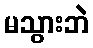
မသွားဘဲ